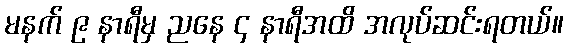
မနက် ၉ နာရီမှ ညနေ ၄ နာရီအထိ အလုပ်ဆင်းရတယ်။